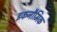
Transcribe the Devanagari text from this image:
इकनौमिक